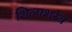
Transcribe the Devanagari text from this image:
शिल्पशस्त्र